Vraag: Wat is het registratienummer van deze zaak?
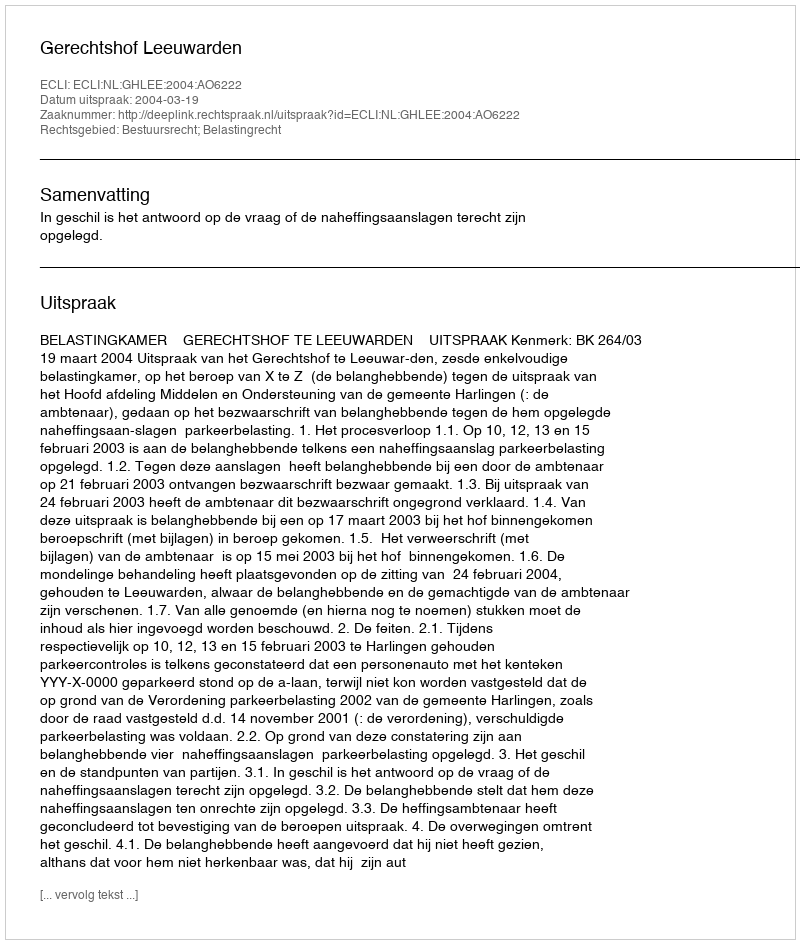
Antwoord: http://deeplink.rechtspraak.nl/uitspraak?id=ECLI:NL:GHLEE:2004:AO6222